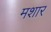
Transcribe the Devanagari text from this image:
मशार